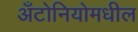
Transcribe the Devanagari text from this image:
अँटोनियोमधील